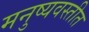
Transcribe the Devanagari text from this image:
मनुष्यवस्तीत